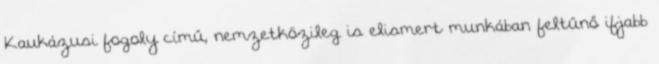
Kaukázusi fogoly című, nemzetközileg is elismert munkában feltűnő ifjabb